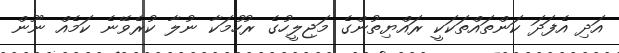
އަދި އެފަދަ ކަންތައްތަކަކީ ރައްޔިތުންގެ މަޖިލީހުގެ ރުހުމަކާ ނުލާ ކުރެވޭނެ ކަމެއް ނޫން